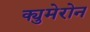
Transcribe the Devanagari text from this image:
क्युमेरोन